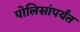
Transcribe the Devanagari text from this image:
पोलिसांपर्यंत